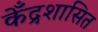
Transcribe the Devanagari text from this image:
केँद्रशासित